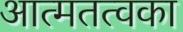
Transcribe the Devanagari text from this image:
आत्मतत्वका